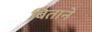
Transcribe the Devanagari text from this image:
बिताने